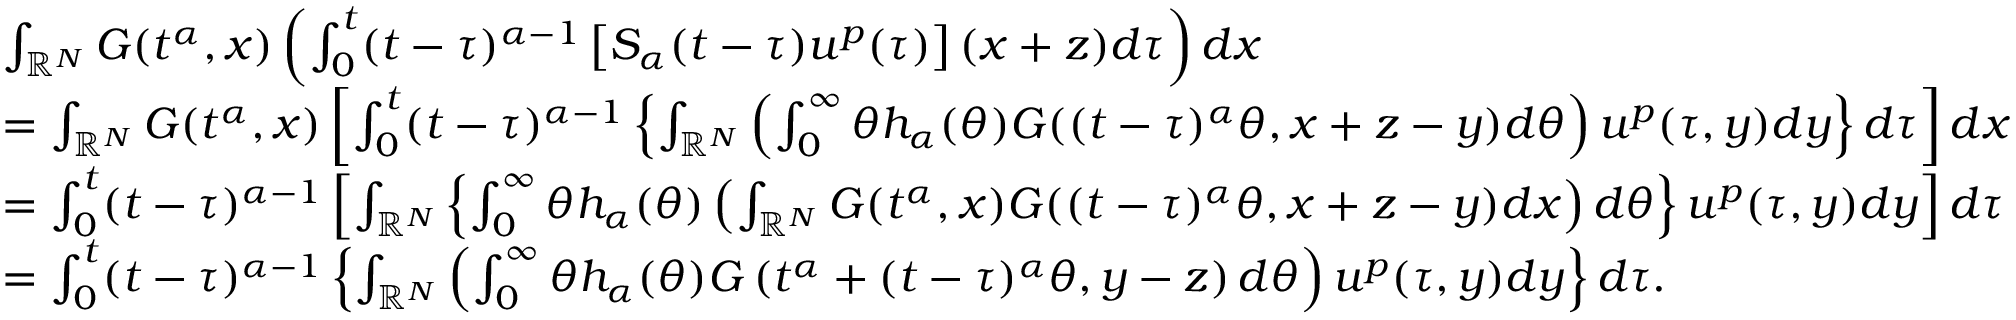
\begin{array} { r l } & { \int _ { \mathbb { R } ^ { N } } G ( t ^ { \alpha } , x ) \left( \int _ { 0 } ^ { t } ( t - \tau ) ^ { \alpha - 1 } \left[ S _ { \alpha } ( t - \tau ) u ^ { p } ( \tau ) \right] ( x + z ) d \tau \right) d x } \\ & { = \int _ { \mathbb { R } ^ { N } } G ( t ^ { \alpha } , x ) \left[ \int _ { 0 } ^ { t } ( t - \tau ) ^ { \alpha - 1 } \left\{ \int _ { \mathbb { R } ^ { N } } \left( \int _ { 0 } ^ { \infty } \theta h _ { \alpha } ( \theta ) G ( ( t - \tau ) ^ { \alpha } \theta , x + z - y ) d \theta \right) u ^ { p } ( \tau , y ) d y \right\} d \tau \right] d x } \\ & { = \int _ { 0 } ^ { t } ( t - \tau ) ^ { \alpha - 1 } \left[ \int _ { \mathbb { R } ^ { N } } \left\{ \int _ { 0 } ^ { \infty } \theta h _ { \alpha } ( \theta ) \left( \int _ { \mathbb { R } ^ { N } } G ( t ^ { \alpha } , x ) G ( ( t - \tau ) ^ { \alpha } \theta , x + z - y ) d x \right) d \theta \right\} u ^ { p } ( \tau , y ) d y \right] d \tau } \\ & { = \int _ { 0 } ^ { t } ( t - \tau ) ^ { \alpha - 1 } \left\{ \int _ { \mathbb { R } ^ { N } } \left( \int _ { 0 } ^ { \infty } \theta h _ { \alpha } ( \theta ) G \left( t ^ { \alpha } + ( t - \tau ) ^ { \alpha } \theta , y - z \right) d \theta \right) u ^ { p } ( \tau , y ) d y \right\} d \tau . } \end{array}